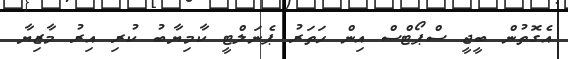
އެގޮތުން ބީޖީ ސްޕޯޓްސް އިން ހަތަރު ޕެނަލްޓީ ކާމިޔާބު ކުރި އިރު މާޒިޔާ